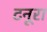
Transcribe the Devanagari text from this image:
टनूरा